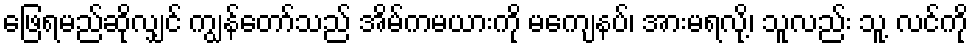
ဖြေရမည်ဆိုလျှင် ကျွန်တော်သည် အိမ်ကမယားကို မကျေနပ်၊ အားမရလို့၊ သူလည်း သူ့ လင်ကို